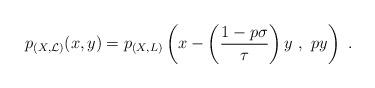
LaTeX: \begin{align*}p_{(X,\mathcal L)}(x,y)=p_{(X,L)}\left(x-\left(\frac{1-p\sigma}{\tau}\right)y\ ,\ py\right)\ . \end{align*}